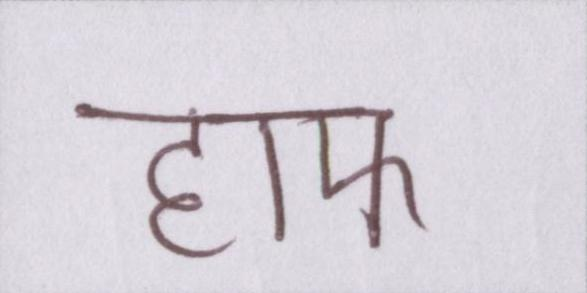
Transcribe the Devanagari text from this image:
हाफ